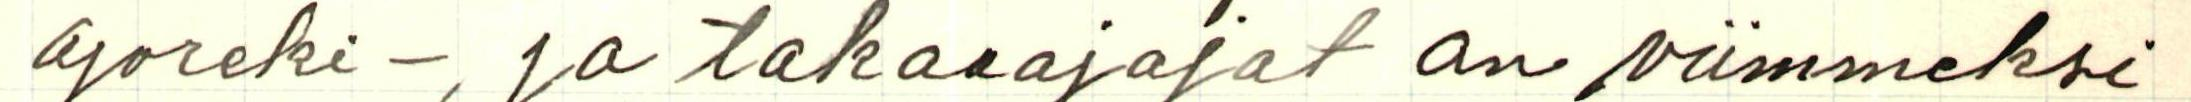
ajoreki -, ja takaaajajat on viimmeksi